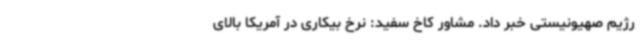
رژیم صهیونیستی خبر داد. مشاور کاخ سفید: نرخ بیکاری در آمریکا بالای